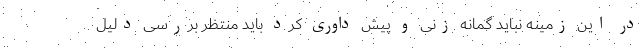
در این زمینه نباید گمانه زنی و پیش داوری کرد باید منتظر بررسی دلیل